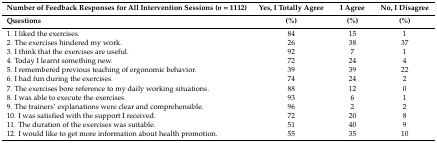
<table><thead><tr><td><b>Number of Feedback Responses for All Intervention Sessions (<i>n</i> = 1112)</b></td><td><b>Yes, I Totally Agree</b></td><td><b>I Agree</b></td><td><b>No, I Disagree</b></td></tr><tr><td><b>Questions</b></td><td><b>(%)</b></td><td><b>(%)</b></td><td><b>(%)</b></td></tr></thead><tbody><tr><td>1. I liked the exercises.</td><td>84</td><td>15</td><td>1</td></tr><tr><td>2. The exercises hindered my work.</td><td>26</td><td>38</td><td>37</td></tr><tr><td>3. I think that the exercises are useful.</td><td>92</td><td>7</td><td>1</td></tr><tr><td>4. Today I learnt something new.</td><td>72</td><td>24</td><td>4</td></tr><tr><td>5. I remembered previous teaching of ergonomic behavior.</td><td>39</td><td>39</td><td>22</td></tr><tr><td>6. I had fun during the exercises.</td><td>74</td><td>24</td><td>2</td></tr><tr><td>7. The exercises bore reference to my daily working situations.</td><td>88</td><td>12</td><td>0</td></tr><tr><td>8. I was able to execute the exercises.</td><td>93</td><td>6</td><td>1</td></tr><tr><td>9. The trainers’ explanations were clear and comprehensible.</td><td>96</td><td>2</td><td>2</td></tr><tr><td>10. I was satisfied with the support I received.</td><td>72</td><td>20</td><td>8</td></tr><tr><td>11. The duration of the exercises was suitable.</td><td>51</td><td>40</td><td>9</td></tr><tr><td>12. I would like to get more information about health promotion.</td><td>55</td><td>35</td><td>10</td></tr></tbody></table>